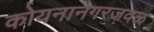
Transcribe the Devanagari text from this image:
कोयनानगरजवळ